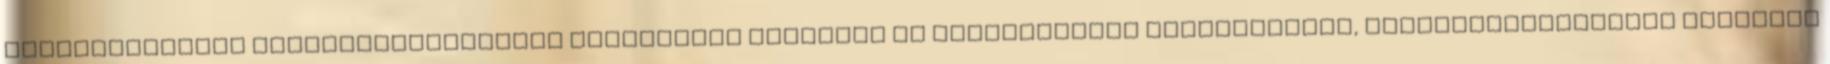
klippelvízálló tintaergonomikusan gumírozott fogórész és tolltestnagy tintatartály, szintjelzővelmagas minőségű